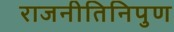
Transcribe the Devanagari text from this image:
राजनीतिनिपुण